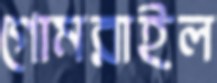
গোমরাইল